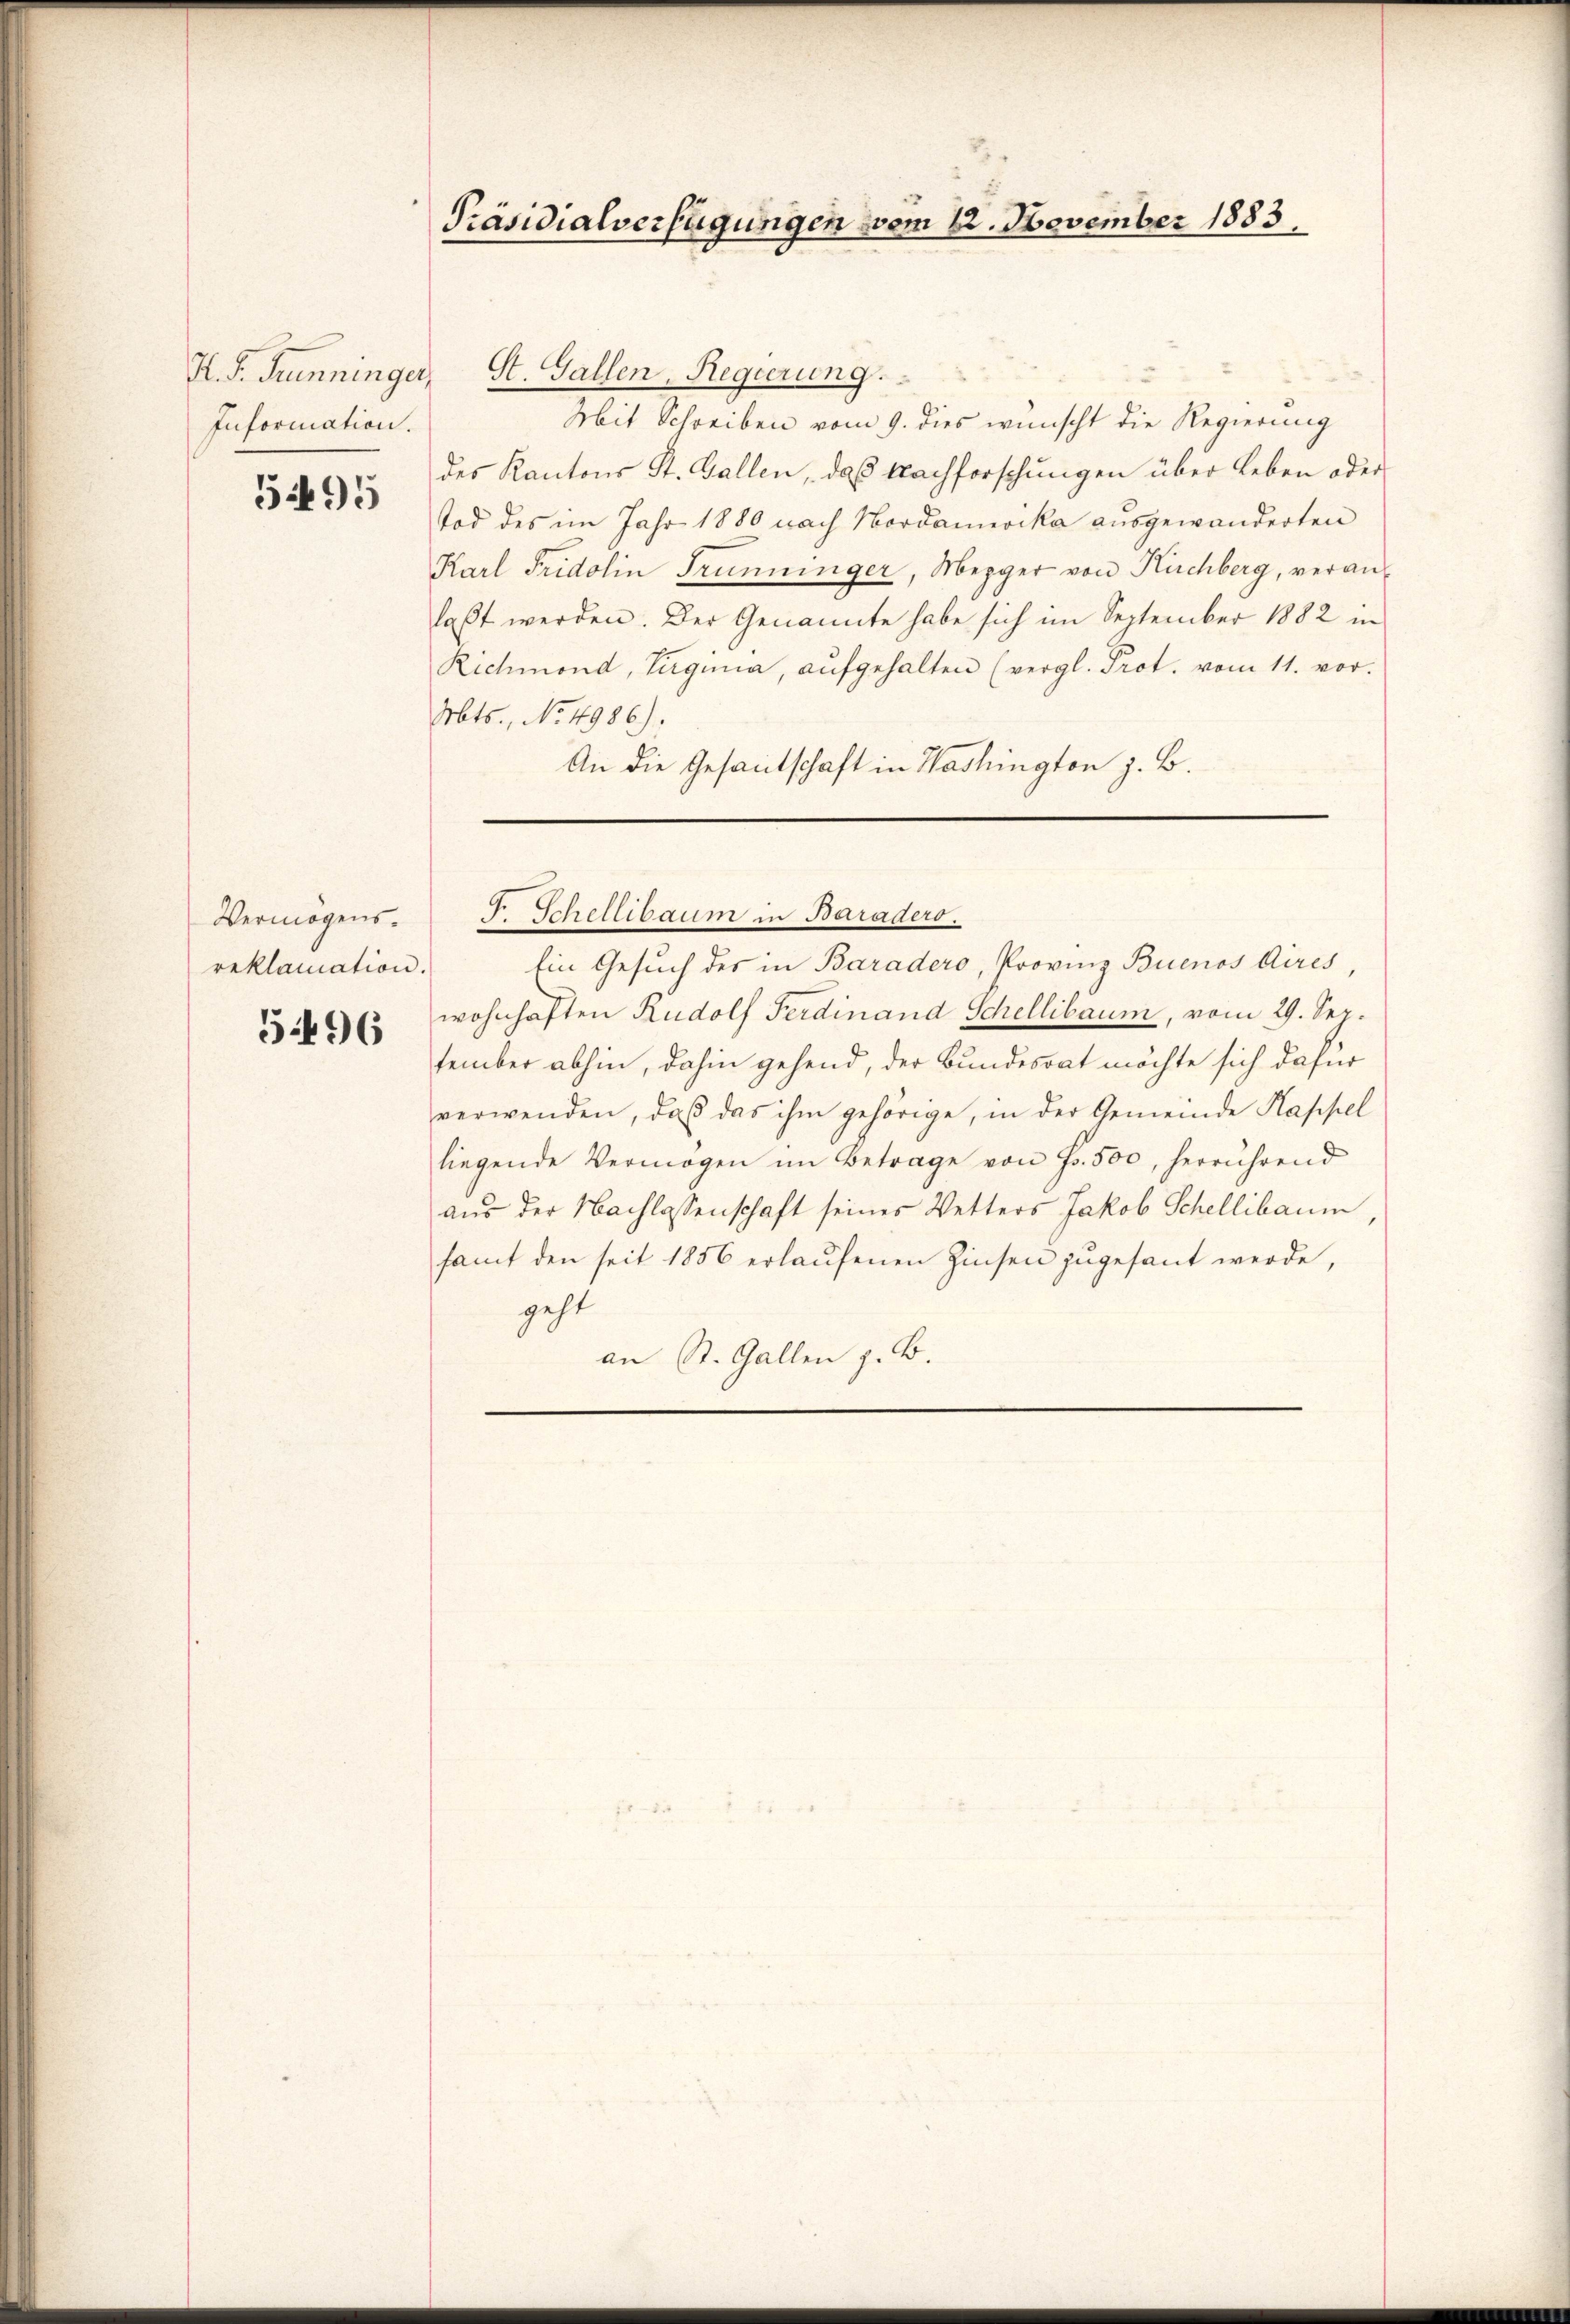
Information.

595

Vermögensreklamation.

5496

Präsidialverfügungen vom 12. November 1883.

K. P. Tunninger, St. Gallen, Regierung.
Mit Schreiben vom 9. dies wünscht die Regierung
des Kantons St. Gallen, daß Nachforschungen über Leben oder
Tod des im Jahr 1880 nach Nordamerika ausgewanderten
Karl Fridolin Trünninger, Mezger von Kuchberg, veranlaßt werden. Der Genannte habe sich im September 1882 in
Richmond, Virgina, aŭfgehalten (vergl. Prot. vom 11. vor.
Mts., No 4986).
An die Gesantschaft in Washington z. B.

Ein Gesuch des in Baradero, Provinz Buenos Aires
wohnhaften Rudolf Ferdinand Schellibaum, vom 29. Sep.
tember abhin, dahin gehend, der Bundesrat möchte sich dafür
verwenden, daß das ihm gehörige, in der Gemeinde Kappel
liegende Vermögen im Betrage von Fr. 500, herrührend
aus der Nachlassenschaft seines Wetters Jakob Schellibaum
samt den seit 1856 erlaŭfenen Zinsen zugesant werde,
geht
an St. Gallen z. B.

F. Schellibaum in Baradero